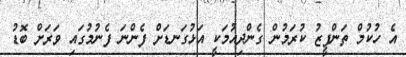
އެ ހުކުމް ތަންފީޒު ކުރަމުން ގެންދިއުމަކީ އަޅުގަނޑަށް ފެންނަ ފެނުމުގައި ވަރަށް ބޮޑު